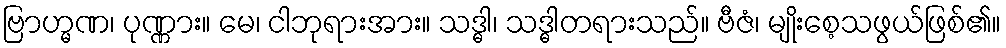
ဗြာဟ္မဏ၊ ပုဏ္ဏား။ မေ၊ ငါဘုရားအား။ သဒ္ဓါ၊ သဒ္ဓါတရားသည်။ ဗီဇံ၊ မျိုးစေ့သဖွယ်ဖြစ်၏။